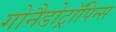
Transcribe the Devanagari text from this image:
गोनैडोट्रॉपिन्स